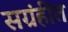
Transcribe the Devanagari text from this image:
सग्रंहीत